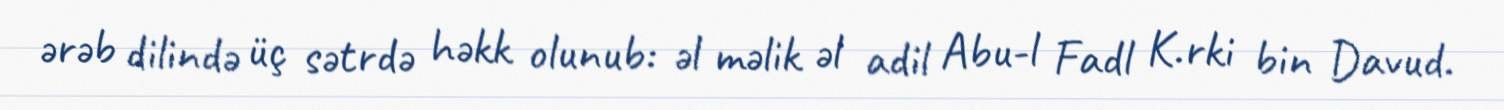
ərəb dilində üç sətrdə həkk olunub: əl məlik əl adil Abu-l Fadl K.rki bin Davud.